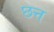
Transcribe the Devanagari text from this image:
छत्त